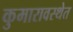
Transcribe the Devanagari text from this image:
कुमारावस्थेत